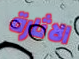
الاثارة